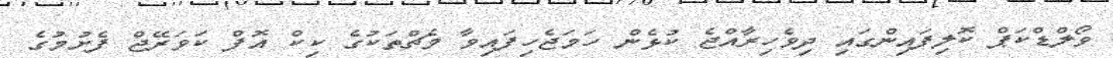
ވޯލްޑްކަޕް ކޮލިފައިންގައި ދިވެހިރާއްޖެ ކުޅެން ހަމަޖެހިފައިވާ މެޗްތަކުގެ ކިކް އޮފް ކަވަރޭޖް ފެށުމުގެ